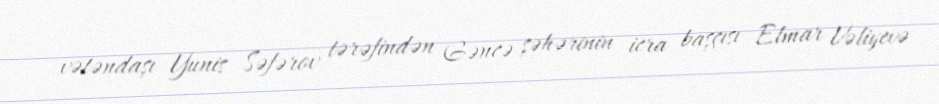
vətəndaşı Yunis Səfərov tərəfindən Gəncə şəhərinin icra başçısı Elmar Vəliyevə